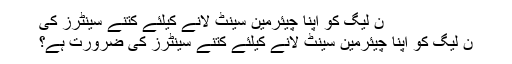
ن لیگ کو اپنا چیئرمین سینٹ لانے کیلئے کتنے سینٹرز کی
ن لیگ کو اپنا چیئرمین سینٹ لانے کیلئے کتنے سینٹرز کی ضرورت ہے؟